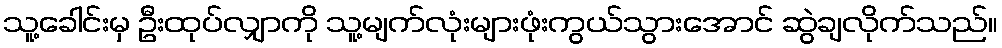
သူ့ခေါင်းမှ ဦးထုပ်လျှာကို သူ့မျက်လုံးများဖုံးကွယ်သွားအောင် ဆွဲချလိုက်သည်။